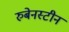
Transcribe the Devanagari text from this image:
रुबेनस्टीन